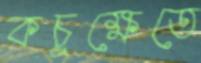
কচুক্ষেতে